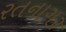
રતનાગર